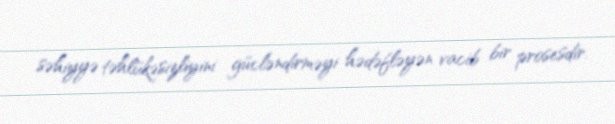
səhiyyə təhlükəsizliyini gücləndirməyi hədəfləyən vacib bir prosesdir.